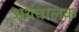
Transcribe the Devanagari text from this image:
अर्थचालक